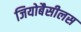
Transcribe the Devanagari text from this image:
जियोबैसीलस